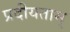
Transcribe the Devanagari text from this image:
प्रदीयताम्